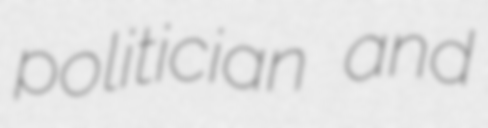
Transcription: politician and